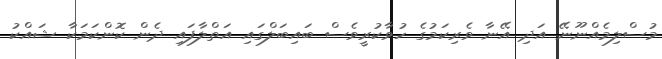
މުސްލިމެއްނޫނޭ އަދި އޭނާ ވެރިކަމުގެ ހުވާކުރީވެސް ބައިބަލްގައި އަތްލާފައި ދެން ކޮންކަމަކާ ޝައްކު